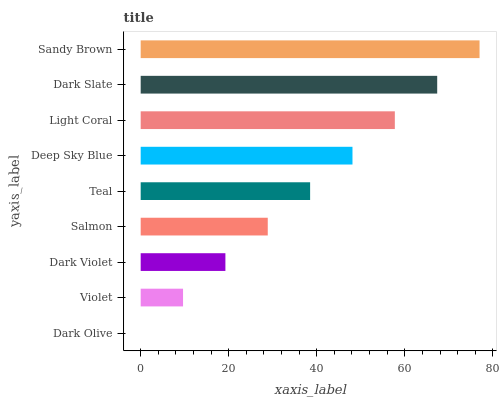
| yaxis_label | bars |
 | --- | --- |
 | Dark Olive | 0 |
 | Violet | 9.62 |
 | Dark Violet | 19.2 |
 | Salmon | 28.9 |
 | Teal | 38.5 |
 | Deep Sky Blue | 48.1 |
 | Light Coral | 57.7 |
 | Dark Slate | 67.4 |
 | Sandy Brown | 77 |